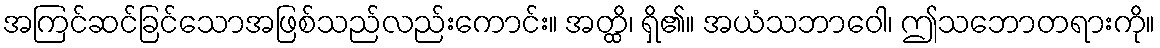
အကြင်ဆင်ခြင်သောအဖြစ်သည်လည်းကောင်း။ အတ္ထိ၊ ရှိ၏။ အယံသဘာဝေါ၊ ဤသဘောတရားကို။